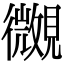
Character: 𧢒